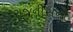
રાજનીસનો